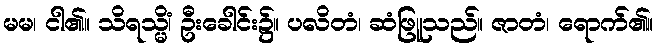
မမ၊ ငါ၏။ သိရသ္မိံ၊ ဦးခေါင်း၌။ ပလိတံ၊ ဆံဖြူသည်။ ဇာတံ၊ ရောက်၏။